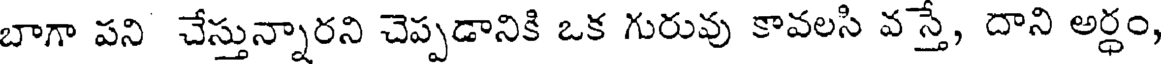
బాగా పని చేస్తున్నారని చెప్పడానికి ఒక గురువు కావలసి వస్తే, దాని అర్ధం,